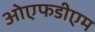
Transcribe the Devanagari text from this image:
ओएफडीएम